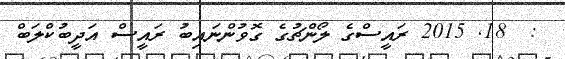
:  18